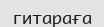
гитараға